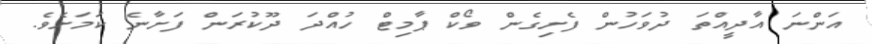
އަންނަ އާދީއްތަ ދުވަހުން ފެށިގެން ވޯކް ޕާމިޓް ހުއްދަ ދޫކުރަން ފަށާނެ ކަމަށެވެ.